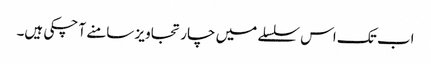
اب تک اس سلسلے میں چار تجاویز سامنے آ چکی ہیں۔